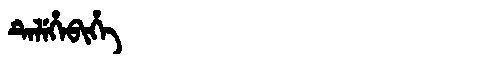
Manchu: ᡨᡝᠯᡝᡥᡝᠪᡳᡥᡝ
Romanization: TELEHEBIHE